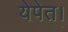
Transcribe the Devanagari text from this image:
येपेत।